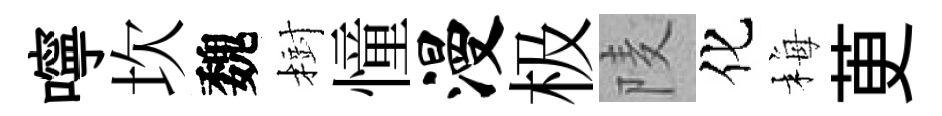
嚀坎魏𣗳憧漫极𨹧化梅茰